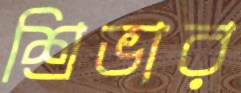
শ্রিভার